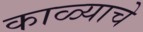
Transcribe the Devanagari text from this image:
काळ्याचे